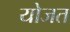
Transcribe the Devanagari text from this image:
योजत